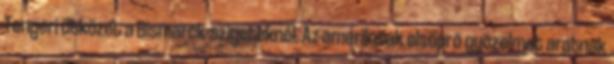
Tengeri ütközet a Bismarck-szigeteknél. Az amerikaiak elsöprõ gyõzelmet aratnak